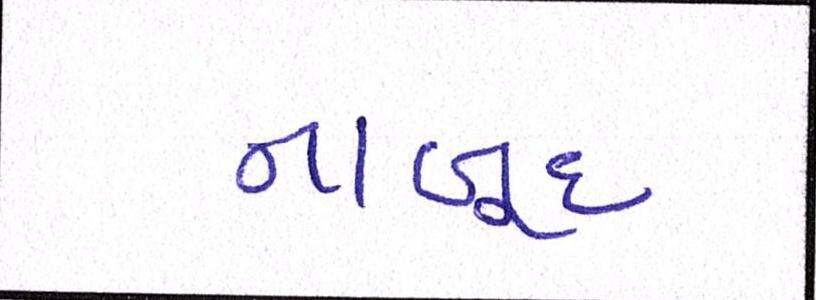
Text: નાબૂદ